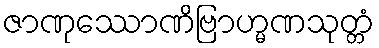
ဇာဏုဿောဏိဗြာဟ္မဏသုတ္တံ